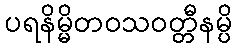
ပရနိမ္မိတဝသဝတ္တီနမ္ပိ